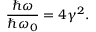
\frac { \hbar \omega } { \hbar \omega _ { 0 } } = 4 \gamma ^ { 2 } .